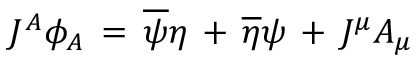
J ^ { A } \phi _ { A } \, = \, \overline { { \psi } } \eta \, + \, \overline { { \eta } } \psi \, + \, J ^ { \mu } A _ { \mu }